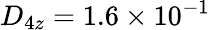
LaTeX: D_{4z}=1.6\times 10^{-1}